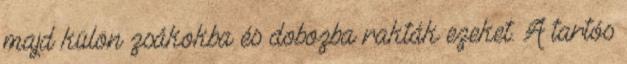
majd külön zsákokba és dobozba rakták ezeket. A tartós